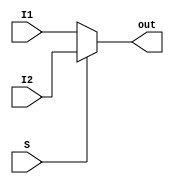

module MUX_2_1 (
    input  wire [31:0] I1,
    input  wire [31:0] I2,
    input  wire        S,
    output wire [31:0] out
);

assign out = (S == 1'b0) ? I1 : I2;
endmodule

module MUX_3_1 (
    input  wire [31:0] I1,
    input  wire [31:0] I2,
    input  wire [31:0] I3,
    input  wire [1:0]  S,
    output wire [31:0] out
);

assign out = (S == 2'b00) ? I1 :
             (S == 2'b01) ? I2 : I3;
endmodule